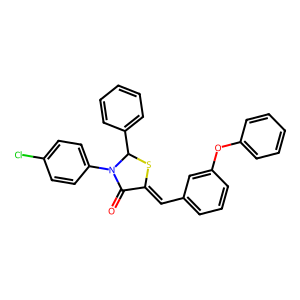
SMILES: O=C1C(=Cc2cccc(Oc3ccccc3)c2)SC(c2ccccc2)N1c1ccc(Cl)cc1
Inhibits HIV replication: No